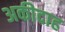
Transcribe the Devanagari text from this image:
अकीदाह